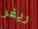
ريفر